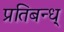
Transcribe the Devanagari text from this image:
प्रतिबन्ध्